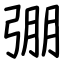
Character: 弸